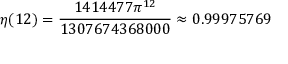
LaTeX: \eta ( 1 2 ) = { \frac { 1 4 1 4 4 7 7 \pi ^ { 1 2 } } { 1 3 0 7 6 7 4 3 6 8 0 0 0 } } \approx 0 . 9 9 9 7 5 7 6 9